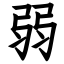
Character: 弱